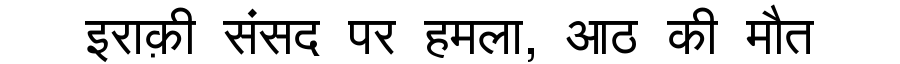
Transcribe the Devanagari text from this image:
इराक़ी संसद पर हमला, आठ की मौत